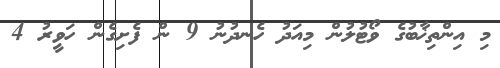
މި އިންތިޚާބުގެ ވޯޓުލުން މިއަދު ހެނދުނު 9 ން ފެށިގެން ހަވީރު 4